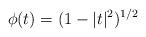
LaTeX: \begin{align*} \phi(t) = (1-|t|^2)^{1/2}\ \end{align*}